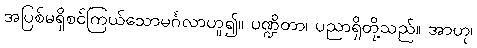
အပြစ်မရှိစင်ကြယ်သောမင်္ဂလာဟူ၍။ ပဏ္ဍိတာ၊ ပညာရှိတို့သည်။ အာဟု၊